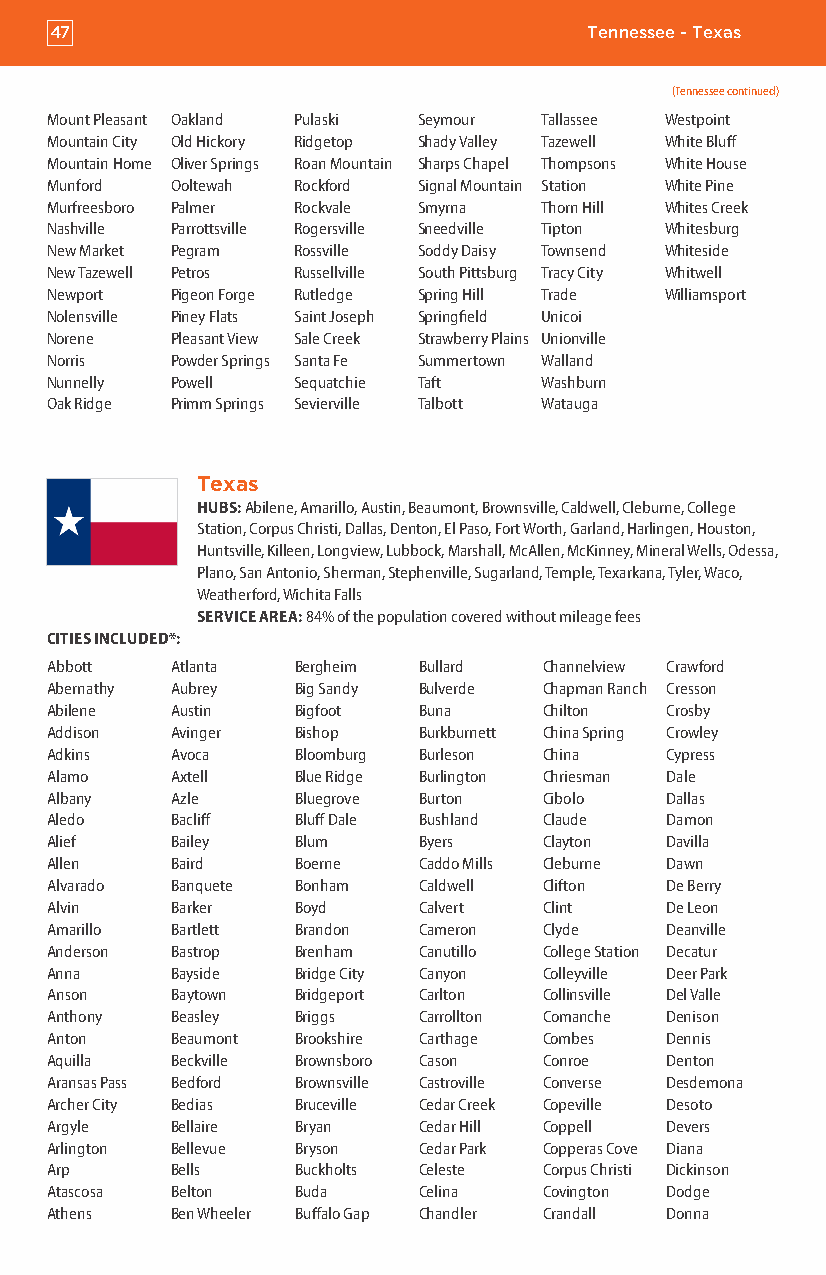
47                                  Tennessee - Texas
 (Tennessee continued)
 Mount Pleasant Oakland Pulaski Seymour Tallassee Westpoint
 Mountain City Old Hickory Ridgetop Shady Valley Tazewell White Bluff
 Mountain Home Oliver Springs Roan Mountain Sharps Chapel Thompsons White House
 Munford Ooltewah Rockford Signal Mountain Station White Pine
 Murfreesboro Palmer Rockvale Smyrna Thorn Hill Whites Creek
 Nashville Parrottsville Rogersville Sneedville Tipton Whitesburg
 New Market Pegram Rossville Soddy Daisy Townsend Whiteside
 New Tazewell Petros Russellville South Pittsburg Tracy City Whitwell
 Newport Pigeon Forge Rutledge Spring Hill Trade Williamsport
 Nolensville Piney Flats Saint Joseph Springfield Unicoi
 Norene  Pleasant View Sale Creek Strawberry Plains Unionville
 Norris  Powder Springs Santa Fe Summertown Walland
 Nunnelly Powell Sequatchie Taft  Washburn
 Oak Ridge Primm Springs Sevierville Talbott Watauga
 Texas
 HUBS: Abilene, Amarillo, Austin, Beaumont, Brownsville, Caldwell, Cleburne, College
 Station, Corpus Christi, Dallas, Denton, El Paso, Fort Worth, Garland, Harlingen, Houston,
 Huntsville, Killeen, Longview, Lubbock, Marshall, McAllen, McKinney, Mineral Wells, Odessa,
 Plano, San Antonio, Sherman, Stephenville, Sugarland, Temple, Texarkana, Tyler, Waco,
 Weatherford, Wichita Falls
 SERVICE AREA: 84% of the population covered without mileage fees
 CITIES INCLUDED*:
 Abbott  Atlanta Bergheim Bullard Channelview Crawford
 Abernathy Aubrey Big Sandy Bulverde Chapman Ranch Cresson
 Abilene Austin  Bigfoot  Buna    Chilton Crosby
 Addison Avinger Bishop   Burkburnett China Spring Crowley
 Adkins  Avoca   Bloomburg Burleson China Cypress
 Alamo   Axtell  Blue Ridge Burlington Chriesman Dale
 Albany  Azle    Bluegrove Burton Cibolo  Dallas
 Aledo   Bacliff Bluff Dale Bushland Claude Damon
 Alief   Bailey  Blum     Byers   Clayton Davilla
 Allen   Baird   Boerne   Caddo Mills Cleburne Dawn
 Alvarado Banquete Bonham Caldwell Clifton De Berry
 Alvin   Barker  Boyd     Calvert Clint   De Leon
 Amarillo Bartlett Brandon Cameron Clyde  Deanville
 Anderson Bastrop Brenham Canutillo College Station Decatur
 Anna    Bayside Bridge City Canyon Colleyville Deer Park
 Anson   Baytown Bridgeport Carlton Collinsville Del Valle
 Anthony Beasley Briggs   Carrollton Comanche Denison
 Anton   Beaumont Brookshire Carthage Combes Dennis
 Aquilla Beckville Brownsboro Cason Conroe Denton
 Aransas Pass Bedford Brownsville Castroville Converse Desdemona
 Archer City Bedias Bruceville Cedar Creek Copeville Desoto
 Argyle  Bellaire Bryan   Cedar Hill Coppell Devers
 Arlington Bellevue Bryson Cedar Park Copperas Cove Diana
 Arp     Bells   Buckholts Celeste Corpus Christi Dickinson
 Atascosa Belton Buda     Celina  Covington Dodge
 Athens  Ben Wheeler Buffalo Gap Chandler Crandall Donna